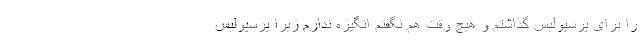
را برای پرسپولیس گذاشتم و هیچ وقت هم نگفتم انگیزه ندارم زیرا پرسپولیس